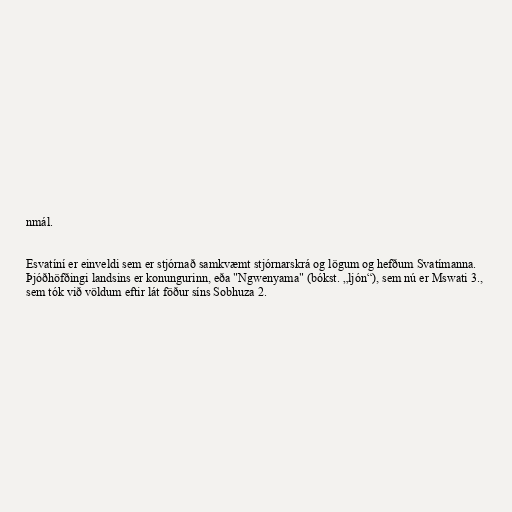
nmál.

Esvatíní er einveldi sem er stjórnað samkvæmt stjórnarskrá og lögum og hefðum Svatímanna.
Þjóðhöfðingi landsins er konungurinn, eða "Ngwenyama" (bókst. „ljón“), sem nú er Mswati 3.,
sem tók við völdum eftir lát föður síns Sobhuza 2.